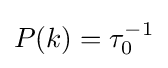
P(k)=\tau _{0}^{-1}